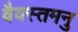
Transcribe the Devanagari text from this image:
वैवस्तमनु